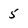
Character: 5